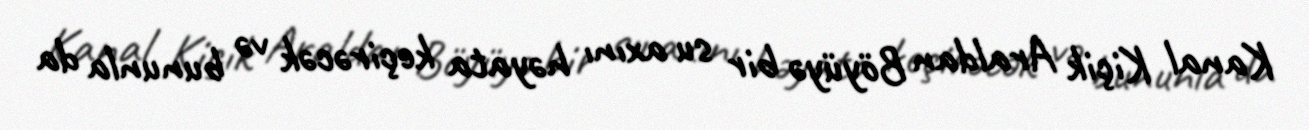
Kanal Kiçik Araldan Böyüyə bir su axını həyata keçirəcək və bununla da